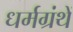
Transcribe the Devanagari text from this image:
धर्मग्रंथें